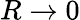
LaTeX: R\rightarrow 0